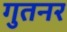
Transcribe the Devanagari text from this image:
गुतनर